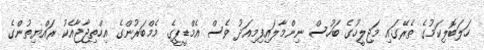
ހަލަބޮލިކަމުގެ ތެރޭގައި މަޖިލީހުގެ ބަހުސް ނިންމާލައިފިމިއަދު ވެސް އެމްޑީޕީގެ މެމްބަރުންގެ އިހްތިޖާޖާއެކު ރައްޔިތުންގެ